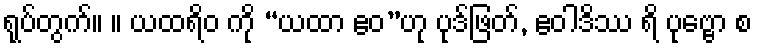
ရုပ်တွက်။ ။ ယထရိဝ ကို “ယထာ ဧဝ”ဟု ပုဒ်ဖြတ်, ဧဝါဒိဿ ရိ ပုဗ္ဗော စ